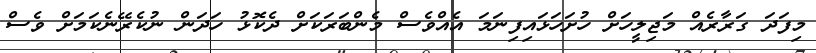
މިފަދަ ގަރާރެއް މަޖިލީހަށް ހުށަހަޅައިފިނަމަ އެއްވެސް މެންބަރަކަށް ދެކޮޅު ހަދަން ނުކެރޭނެކަމަށް ވެސް